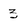
Character: 3